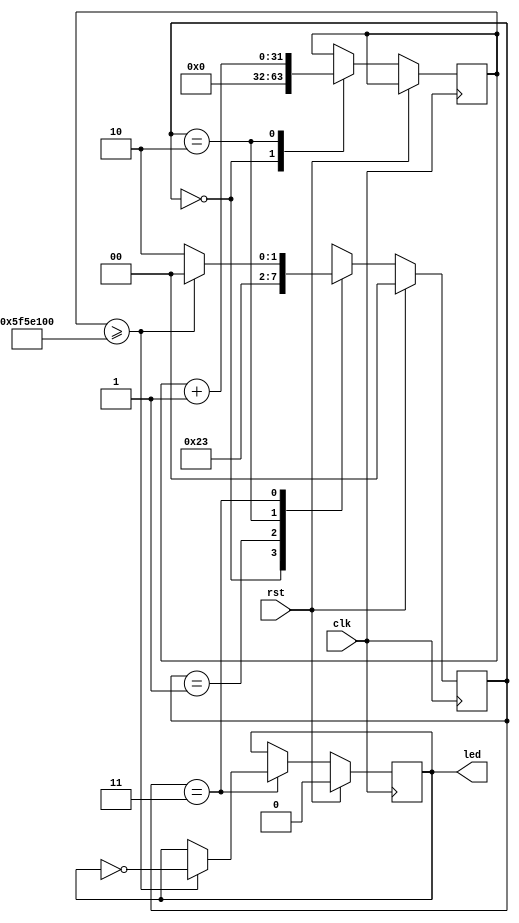
`timescale 1ns / 1ps
//////////////////////////////////////////////////////////////////////////////////
// Next Lab
// Elliott Koehn
// 
// LED Indicator FSM
// 
//////////////////////////////////////////////////////////////////////////////////


module led_indicator#(
        parameter flip = 32'd100_000_000
    ) (
        input clk,
        input rst,
        output led
    );

// FSM
localparam RESET=0, IDLE=1, ADD=2, CHECK=3;
reg [1:0] state;

// Variables
reg [31:0] count;
reg led_reg;
assign led = led_reg;

always @(posedge clk) begin
    if (rst) begin
        state <= RESET; // Initial state
        led_reg <= 0;
    end else begin
        case (state)
            RESET : begin
                count <= 32'b0;
                state <= ADD;
            end
            IDLE : begin
                state <= RESET;
            end
            ADD : begin
                count <= count + 32'b1;
                state <= CHECK;
            end
            CHECK : begin
                if (count >= flip) begin
                    led_reg <= ~led_reg;
                    state <= RESET;
                end else begin
                    state <= ADD;
                end
            end
            default : begin
                state <= RESET;
            end
        endcase
    end
end

endmodule